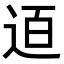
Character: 𨒹